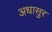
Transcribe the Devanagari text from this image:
अधासुर